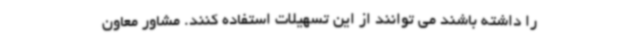
را داشته باشند می توانند از این تسهیلات استفاده کنند. مشاور معاون